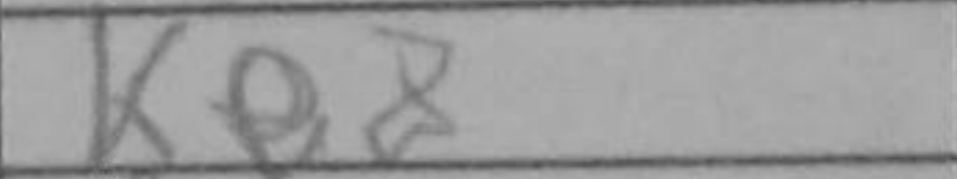
Transcription: Ke8